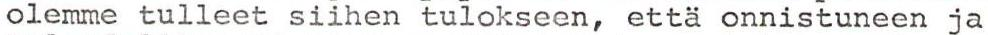
olemme tulleet siihen tulokseen, että onnistuneen ja